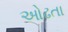
ઓઢતા